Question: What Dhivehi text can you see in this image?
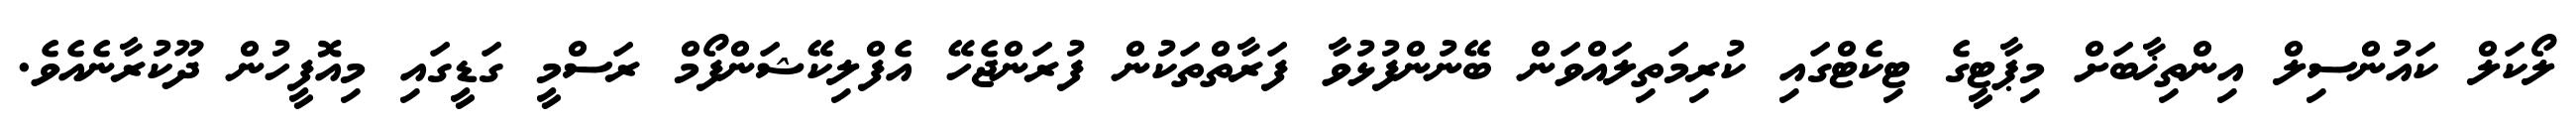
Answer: ލޯކަލް ކައުންސިލް އިންތިޚާބަށް މިޕާޓީގެ ޓިކެޓްގައި ކުރިމަތިލައްވަން ބޭނުންފުޅުވާ ފަރާތްތަކުން ފުރަންޖެހޭ އެފްލިކޭޝަންފޯމް ރަސްމީ ގަޑީގައި މިއޮފީހުން ދޫކުރާނެއެވެ.